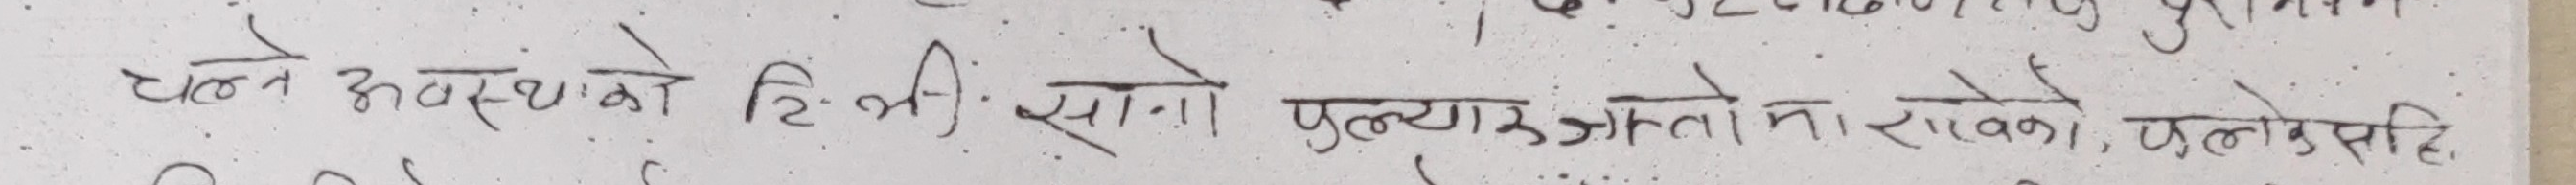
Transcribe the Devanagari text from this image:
चल्ने अवस्थाको डिग्री खानी पुऱ्याउन नसकेको, फुलेपछि